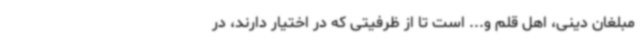
مبلغان دینی، اهل قلم و... است تا از ظرفیتی که در اختیار دارند، در